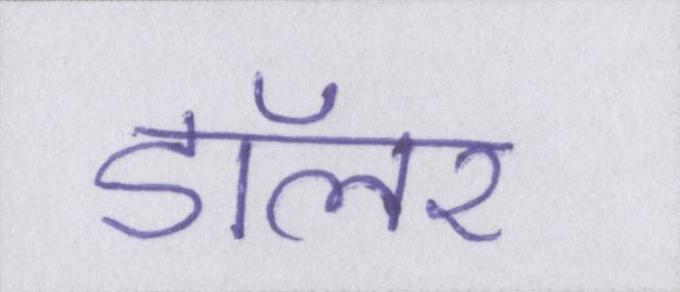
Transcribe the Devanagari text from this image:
डॉलर